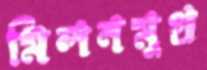
মিলনমুখ